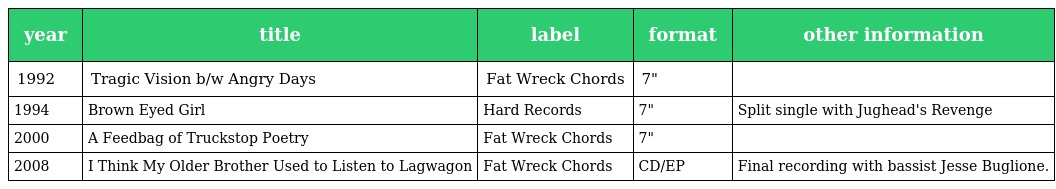
| year | title | label | format | other information |
 | --- | --- | --- | --- | --- |
 | 1992 | Tragic Vision b/w Angry Days | Fat Wreck Chords | 7" |  |
 | 1994 | Brown Eyed Girl | Hard Records | 7" | Split single with Jughead's Revenge |
 | 2000 | A Feedbag of Truckstop Poetry | Fat Wreck Chords | 7" |  |
 | 2008 | I Think My Older Brother Used to Listen to Lagwagon | Fat Wreck Chords | CD/EP | Final recording with bassist Jesse Buglione. |